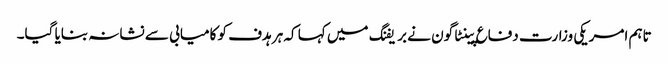
تاہم امریکی وزارت دفاع پینٹاگون نے بریفنگ میں کہا کہ ہر ہدف کو کامیابی سے نشانہ بنایا گیا۔